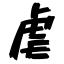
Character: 虐